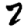
Digit: 7